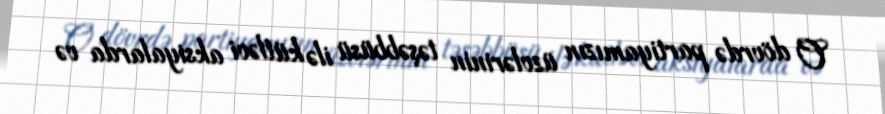
O dövrdə partiyamızın üzvlərinin təşəbbüsü ilə kütləvi aksiyalarda və